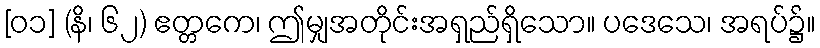
[၀၁] (နိ၊ ၆၂) ဧတ္တကေ၊ ဤမျှအတိုင်းအရှည်ရှိသော။ ပဒေသေ၊ အရပ်၌။